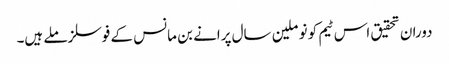
دوران تحقیق اس ٹیم کو نو ملین سال پرانے بن مانس کے فوسلز ملے ہیں۔